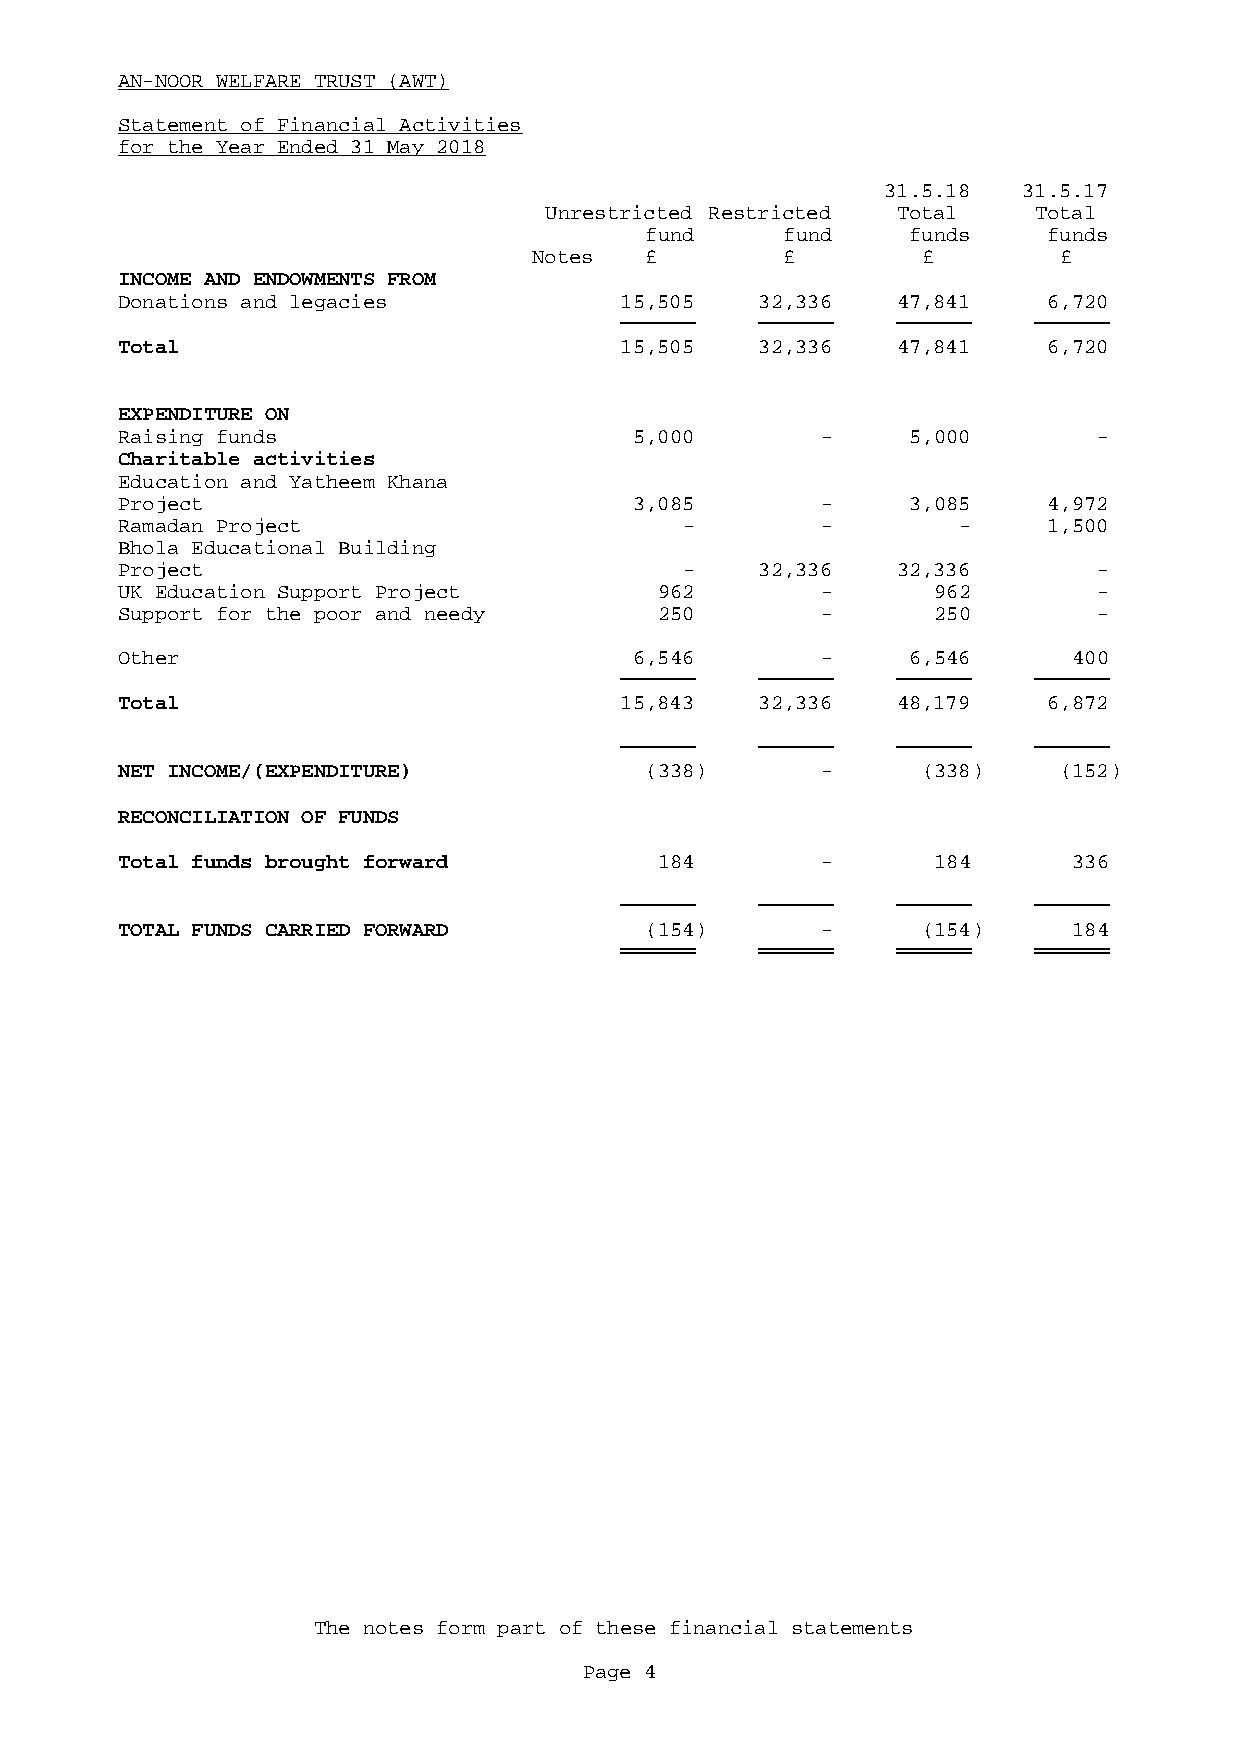
AN-NOOR WELFARE TRUST (AWT)
 Statement of Financial Activities
 for the Year Ended 31 May 2018
 31.5.18  31.5.17
 Unrestricted Restricted Total   Total
 fund     fund    funds    funds
 Notes   £        £        £        £
 INCOME AND ENDOWMENTS FROM
 Donations and legacies           15,505   32,336   47,841    6,720
 Total                            15,505   32,336   47,841    6,720
 EXPENDITURE ON
 Raising funds                     5,000       -     5,000        -
 Charitable activities
 Education and Yatheem Khana
 Project                           3,085       -     3,085    4,972
 Ramadan Project                      -        -        -     1,500
 Bhola Educational Building
 Project                              -    32,336   32,336        -
 UK Education Support Project        962       -       962        -
 Support for the poor and needy      250       -       250        -
 Other                             6,546       -     6,546      400
 Total                            15,843   32,336   48,179    6,872
 NET INCOME/(EXPENDITURE)           (338)      -      (338)    (152)
 RECONCILIATION OF FUNDS
 Total funds brought forward         184       -       184      336
 TOTAL FUNDS CARRIED FORWARD        (154)      -      (154)     184
 The notes form part of these financial statements
 Page 4